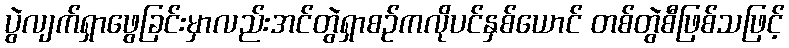
ပွဲလျက်ရှာဖွေခြင်းမှာလည်းအင်တွဲရှာစဉ်ကလိုပင်နှစ်ယောင် တစ်တွဲစီဖြစ်သဖြင့်